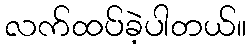
လက်ထပ်ခဲ့ပါတယ်။